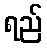
ရည်